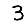
Digit: 3